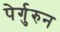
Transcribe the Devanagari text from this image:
पेर्गुरुन